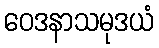
ဝေဒနာသမုဒယံ